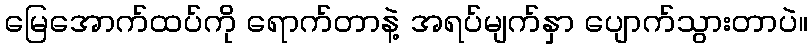
မြေအောက်ထပ်ကို ရောက်တာနဲ့ အရပ်မျက်နှာ ပျောက်သွားတာပဲ။